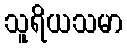
သူရိယသမာ